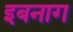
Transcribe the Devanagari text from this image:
इबनाग